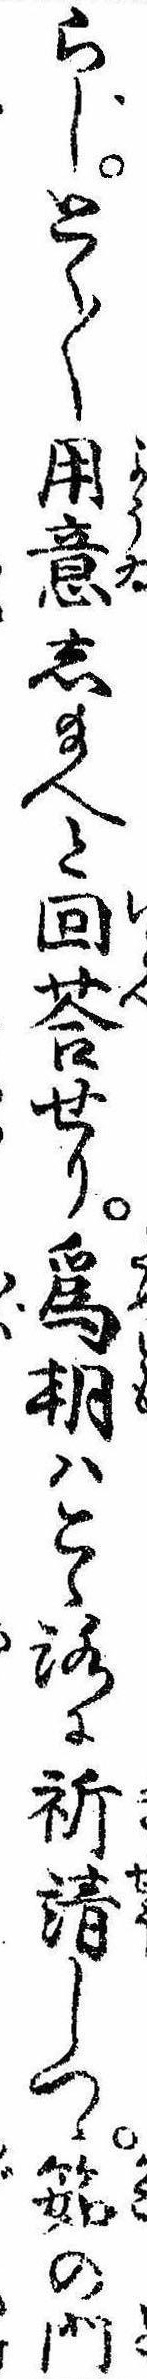
らじとく〱用意し給へと回答せり為朝はこゝろに祈請しつゝ筎の門